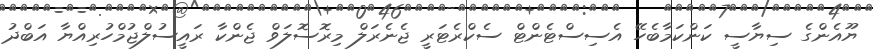
ޔޫއެންގެ ސިޔާސީ ކަންކަމާބެހޭ އެސިސްޓެންޓްް ސެކްރެޓަރީ ޖެނެރަލް މިރޮސޮލަވް ޖެންކާ ރައީސުލްޖުމްހުރިއްޔާ އަބްދު